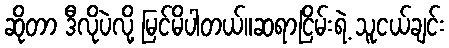
ဆိုတာ ဒီလိုပဲလို့ မြင်မိပါတယ်။ဆရာငြိမ်းရဲ့ သူငယ်ချင်း